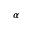
\alpha